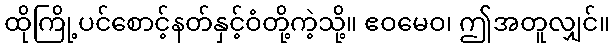
ထိုကြို့ပင်စောင့်နတ်နှင့်ဝံတို့ကဲ့သို့။ ဧဝမေဝ၊ ဤအတူလျှင်။